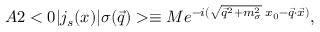
A 2 < 0 | j _ { s } ( x ) | \sigma ( \vec { q } ) > \equiv M e ^ { - i ( \sqrt { \vec { q } ^ { 2 } + m _ { \sigma } ^ { 2 } } \; x _ { 0 } - \vec { q } \cdot \vec { x } ) } ,